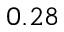
0 . 2 8